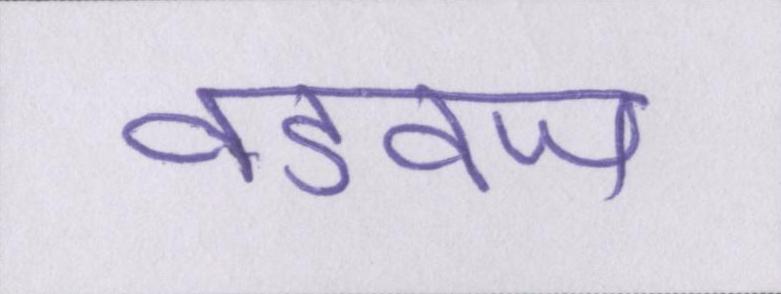
वडवज